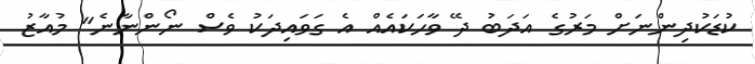
ކުޑަކުދިންނަށް މަރުގެ އަދަބު ދޭ ވާހަކައެއް އެ ގަވައިދަކު ވެސް ނޯންނާނެ" މުއާޒު